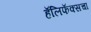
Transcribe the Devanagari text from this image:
हॅलिफॅक्सचा